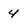
Character: 4